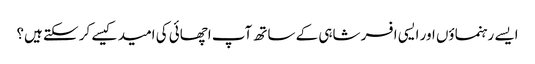
ایسے رہنماؤں اور ایسی افسر شاہی کے ساتھ آپ اچھائی کی امید کیسے کر سکتے ہیں؟